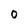
Character: 0